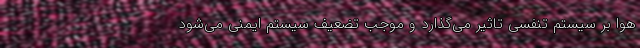
هوا بر سیستم تنفسی تاثیر می‌گذارد و موجب تضعیف سیستم ایمنی می‌شود